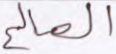
الصالح